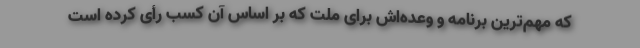
که مهم‌ترین برنامه و وعده‌اش برای ملت که بر اساس آن کسب رأی کرده است